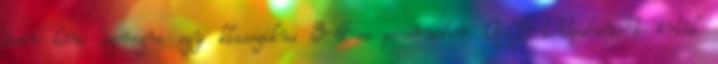
már kéne szerezni egy klasszikus 3-4-es passrusher OLB-t.Upshaw-t írták